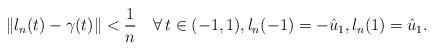
LaTeX: \begin{align*}\Vert l_n(t)-\gamma(t)\Vert<\frac{1}{n}\quad\forall\, t\in (-1,1),l_n(-1)=-\hat u_1,l_n(1)=\hat u_1.\end{align*}